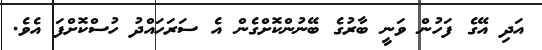
އަދި އޭގެ ފަހުން ވަނީ ބާރުގެ ބޭނުންކޮށްގެން އެ ސަރަހައްދު ހުސްކޮށްފަ އެވެ.